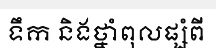
ទឹក និងថ្នាំពុលផ្សំពី